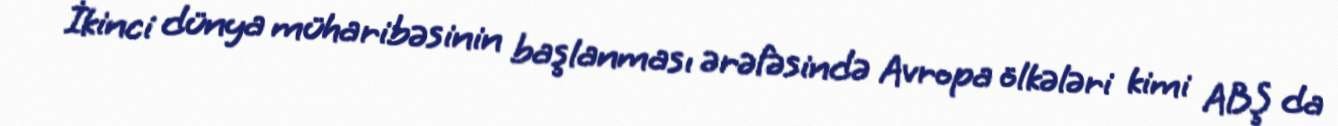
İkinci dünya müharibəsinin başlanması ərəfəsində Avropa ölkələri kimi ABŞ da